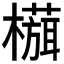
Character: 𬄻